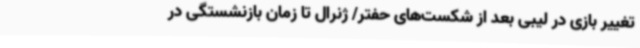
تغییر بازی در لیبی بعد از شکست‌های حفتر/ ژنرال تا زمان بازنشستگی در